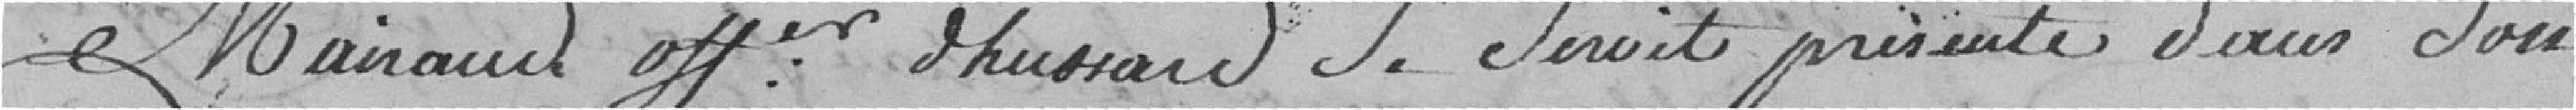
Mairaud officier Hussard se serait présenté dans son